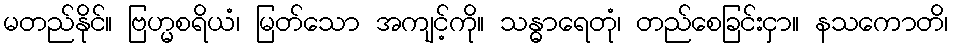
မတည်နိုင်။ ဗြဟ္မစရိယံ၊ မြတ်သော အကျင့်ကို။ သန္ဓာရေတုံ၊ တည်စေခြင်းငှာ။ နသကောတိ၊